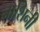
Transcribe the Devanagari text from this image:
नाशिनी